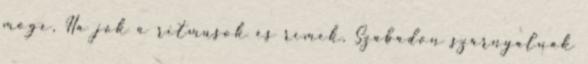
mögé, Ha jók a ritmusok és rímek, Szabadon szárnyalnak